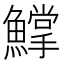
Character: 𩻰